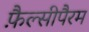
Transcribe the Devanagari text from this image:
फ़ैल्सीपैरम